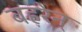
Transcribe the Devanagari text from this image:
बह़रेन्